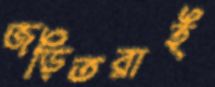
জড়িতরাই